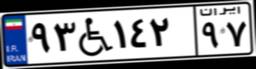
۵۲W۴۱۳۲۶